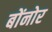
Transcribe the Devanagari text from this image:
बोंनोर